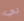
لي